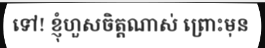
ទៅ! ខ្ញុំហួសចិត្តណាស់ ព្រោះមុន